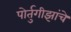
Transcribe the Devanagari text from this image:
पोर्तुगीझांचे